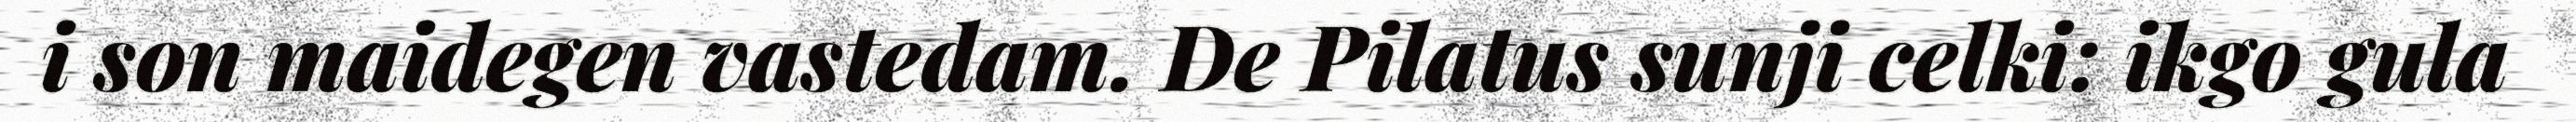
i son maidegen vastedam. De Pilatus sunji celki: ikgo gula